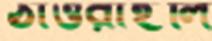
ঠাওরাইলি